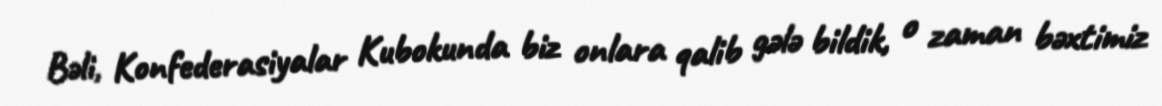
Bəli, Konfederasiyalar Kubokunda biz onlara qalib gələ bildik, o zaman bəxtimiz